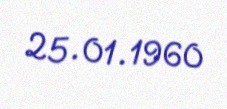
25.01.1960